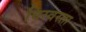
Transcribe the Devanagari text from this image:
विस्वरता